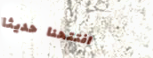
افتتحنا حديثاً